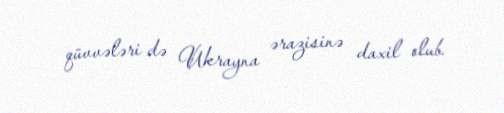
qüvvələri də Ukrayna ərazisinə daxil olub.